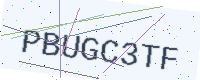
Text: PBUGC3TF